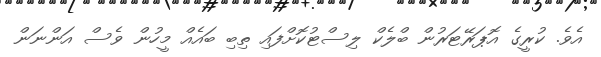
އެވެ. ކުރީގެ އޮޕަރޭޓަރުން ބްލެކް ލިސްޓުކޮށްފައި ތިބި ބައެއް މީހުން ވެސް އަންނަން